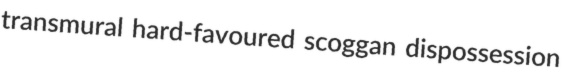
transmural hard-favoured scoggan dispossession